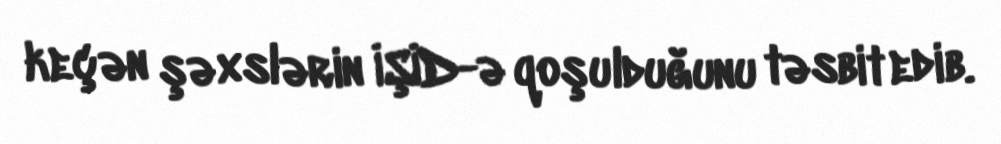
keçən şəxslərin İŞİD-ə qoşulduğunu təsbit edib.